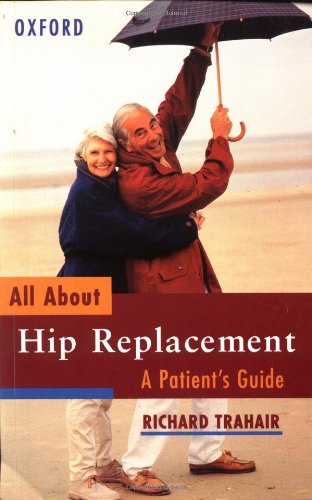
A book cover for All About Hip Replacement: A Patient's Guide; Richard Trahair; Health, Fitness & Dieting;